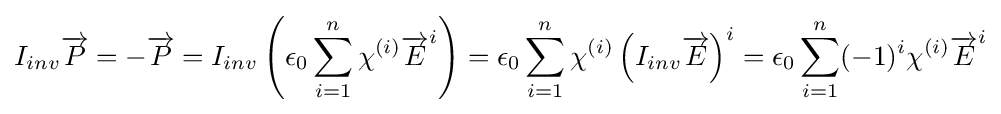
I_{inv}{\overrightarrow {P}}=-{\overrightarrow {P}}=I_{inv}\left(\epsilon _{0}\sum _{i=1}^{n}\chi ^{(i)}{\overrightarrow {E}}^{i}\right)=\epsilon _{0}\sum _{i=1}^{n}\chi ^{(i)}\left(I_{inv}{\overrightarrow {E}}\right)^{i}=\epsilon _{0}\sum _{i=1}^{n}(-1)^{i}\chi ^{(i)}{\overrightarrow {E}}^{i}